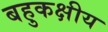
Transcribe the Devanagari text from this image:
बहुकक्षीय